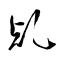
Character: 乹